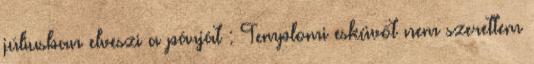
júliusban elveszi a párját : Templomi esküvőt nem szerettem